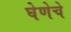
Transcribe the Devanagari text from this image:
घेणेचे